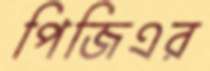
পিজিএর